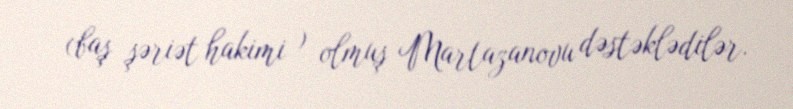
(baş şəriət hakimi ) olmuş Martazanovu dəstəklədilər.